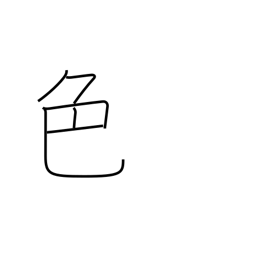
Meaning: color